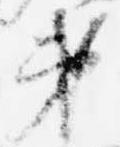
第